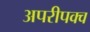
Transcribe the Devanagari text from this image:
अपरीपक्व